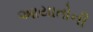
આયાતોની